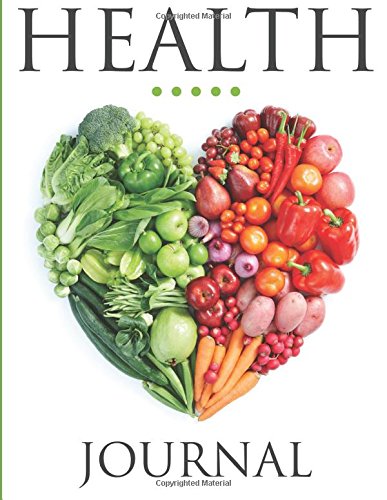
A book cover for Health Journal; Speedy Publishing LLC; Self-Help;